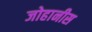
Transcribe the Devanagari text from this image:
जोहानीस